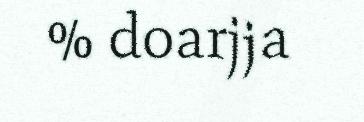
% doarjja